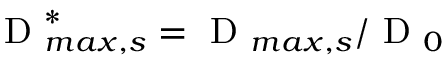
\mathrm { ~ D ~ } _ { m a x , s } ^ { * } = \mathrm { ~ D ~ } _ { m a x , s } / \mathrm { ~ D ~ } _ { 0 }